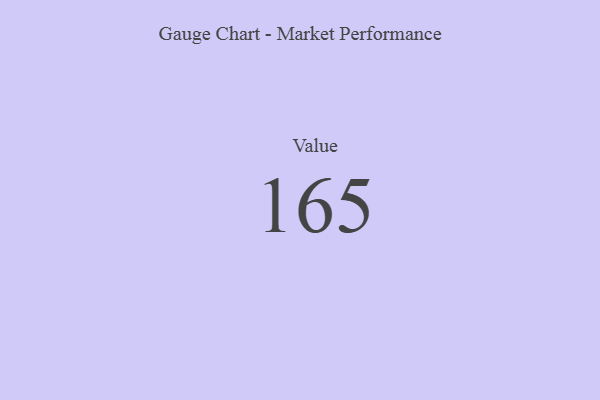
{"axis": {"x": "Metric", "y": "Value"}, "legend": [""], "data": [{"x": "Value", "y": 165, "type": ""}]}